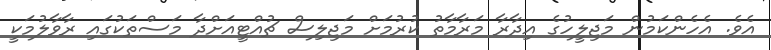
އެވެ. އެހެންކަމުން މަޖިލީހުގެ އިދާރާ މަރާމާތު ކުރުމަށް މަޖިލިސް ޗުއްޓީއަށްދާ މަސްތަކުގައި ރާވާލުމަކީ